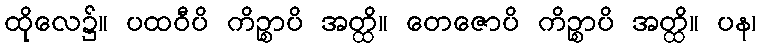
ထိုလေ၌။ ပထဝီပိ ကိဉ္စာပိ အတ္ထိ။ တေဇောပိ ကိဉ္စာပိ အတ္ထိ။ ပန၊